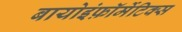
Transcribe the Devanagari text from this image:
बायोइंफ़ॉर्मेटिक्स